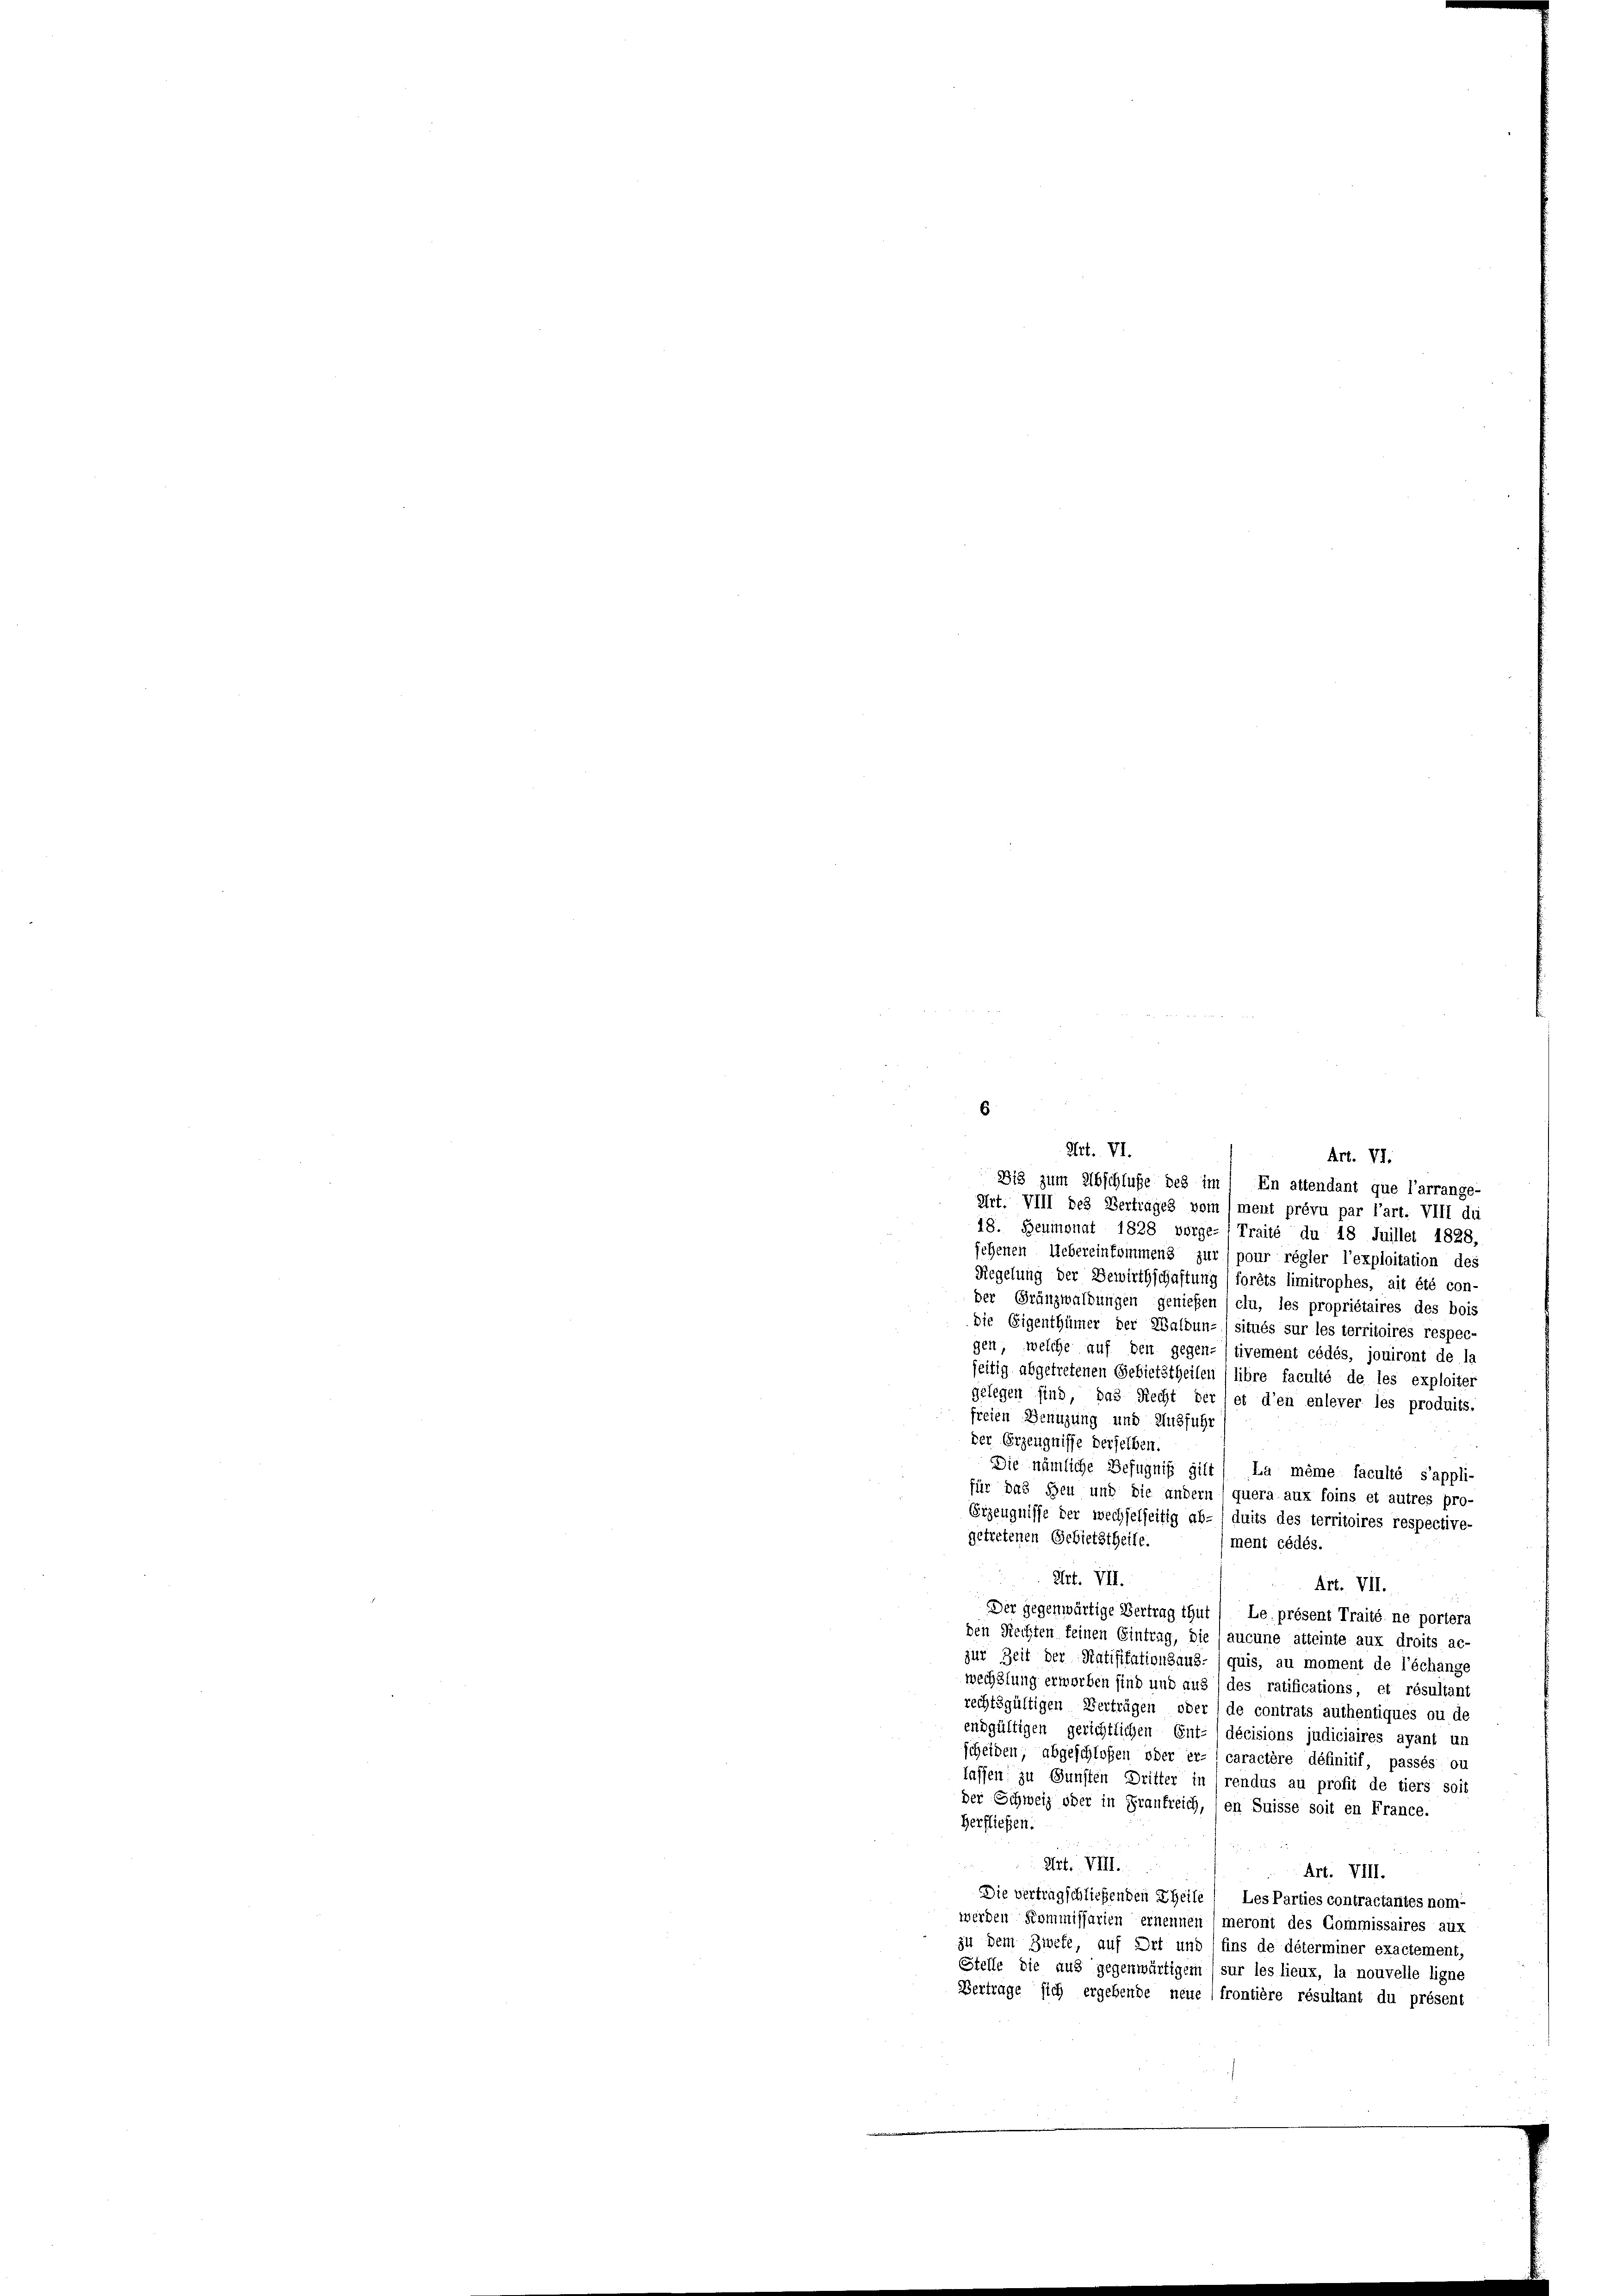
6
Art. VI.
Art. VI.
Bis zum Abschluße des im 1 En attendant que l’arrange-

Art. VIII des Vertrages vom (ment prévu par l’art. VIII du
18. Beumonat 1828 vorge- Traité du 18 Juillet 1828,
sehenen Uebereinkommens zur pour régler l’exploitation des
Regelung der Bewirthschaftung / forêts limitrophes, ait été con-
der Gränzwaldungen genießen (clu, les propriétaires des bois
die Eigenthümer der Waldun-/ situés sur les territoires respec-
gen, welche auf den gegen-) tivement cédés, jouiront de la
seitig abgetretenen Gebietstheilen (libre faculté de les exploiter
gelegen sind, das Recht der let d’en enlever les produits.
freien Genüzung und Ausführ
der Erzeugnisse derselben.
Die nämliche Befugniß gilt / La même faculté s’appli-
für das Heu und die andern ( quera aux foins et autres pro-
Erzeugnisse der wechselseitig ab- /duits des territoires respective-
getretenen Gebietstheile.
ment cédés.
3
Art. VII.
Art. VII.
Der gegenwärtige Vertrag thut / Le présent Traité ne portera
den Rechten keinen Eintrag, die aucune atteinte aux droits ac-
zur Zeit der Ratifikationsaus- /quis, au moment de l’échange
wechslung erworben sind und aus) des ratifications, et résultant
rechtsgültigen Verträgen oder (de contrats authentiques ou de
endgültigen gerichtlichen Ent-/décisions judiciaires ayant un
scheiden, abgeschloßen oder er- caractère définitif, passés ou
lassen zu Gunsten Dritter in rendus au profit de tiers soit
der Schweiz oder in Frankreich, en Suisse soit en France.
Herfließen.
Art. VIII.
Art. VIII.
Die vertragschließenden Theile Les Parties contractantes nom-
werden Kommissarien ernennen meront des Commissaires aux
zu dem Zwefe, auf Ort und (fins de déterminer exactement,
Stelle die aus gegenwärtigem sur les lieux, la nouvelle ligne
Vertrage sich ergebende neue (frontière résultant du présent